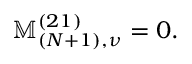
\mathbb { M } _ { ( N + 1 ) , \nu } ^ { ( 2 1 ) } = 0 .